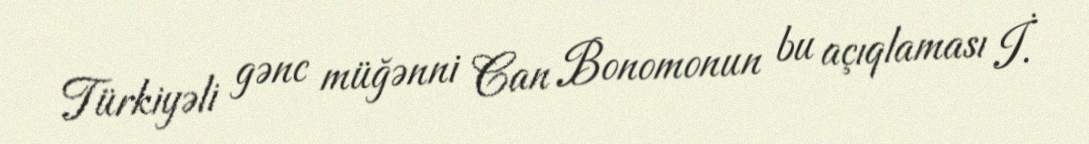
Türkiyəli gənc müğənni Can Bonomonun bu açıqlaması İ.